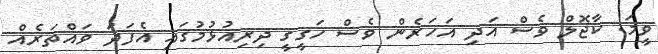
ވީމަ. ކާޖޮލް ވެސް އަދި އަހަރެން ވެސް ހަގީގީ ދިރިއުޅުމުގައި އެފަދަ ވައްތަރެއް